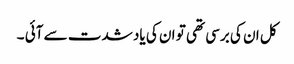
کل ان کی برسی تھی تو ان کی یاد شدت سے آئی ۔